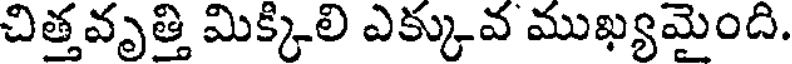
చిత్తవృత్తి మిక్కిలి ఎక్కువ ముఖ్యమైంది.